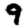
Digit: 9